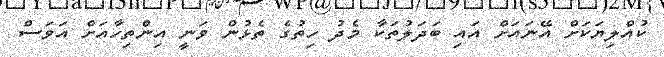
ކުއްލިޔަކަށް އޭޭނައަށް އައި ބަދަލުތަކާ މެދު ހިތުގެ ތެޅުން ވަނީ އިންތިހާއަށް އަވަސް